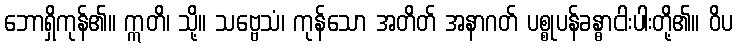
ဘောရှိကုန်၏။ ဣတိ၊ သို့။ သဗ္ဗေသံ၊ ကုန်သော အတိတ် အနာဂတ် ပစ္စုပန်ခန္ဓာငါးပါးတို့၏။ ဝိပ